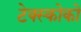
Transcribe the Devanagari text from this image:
टेक्स्कोको